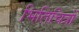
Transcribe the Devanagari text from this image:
भितिचित्रों